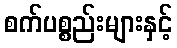
စက်ပစ္စည်းများနှင့်